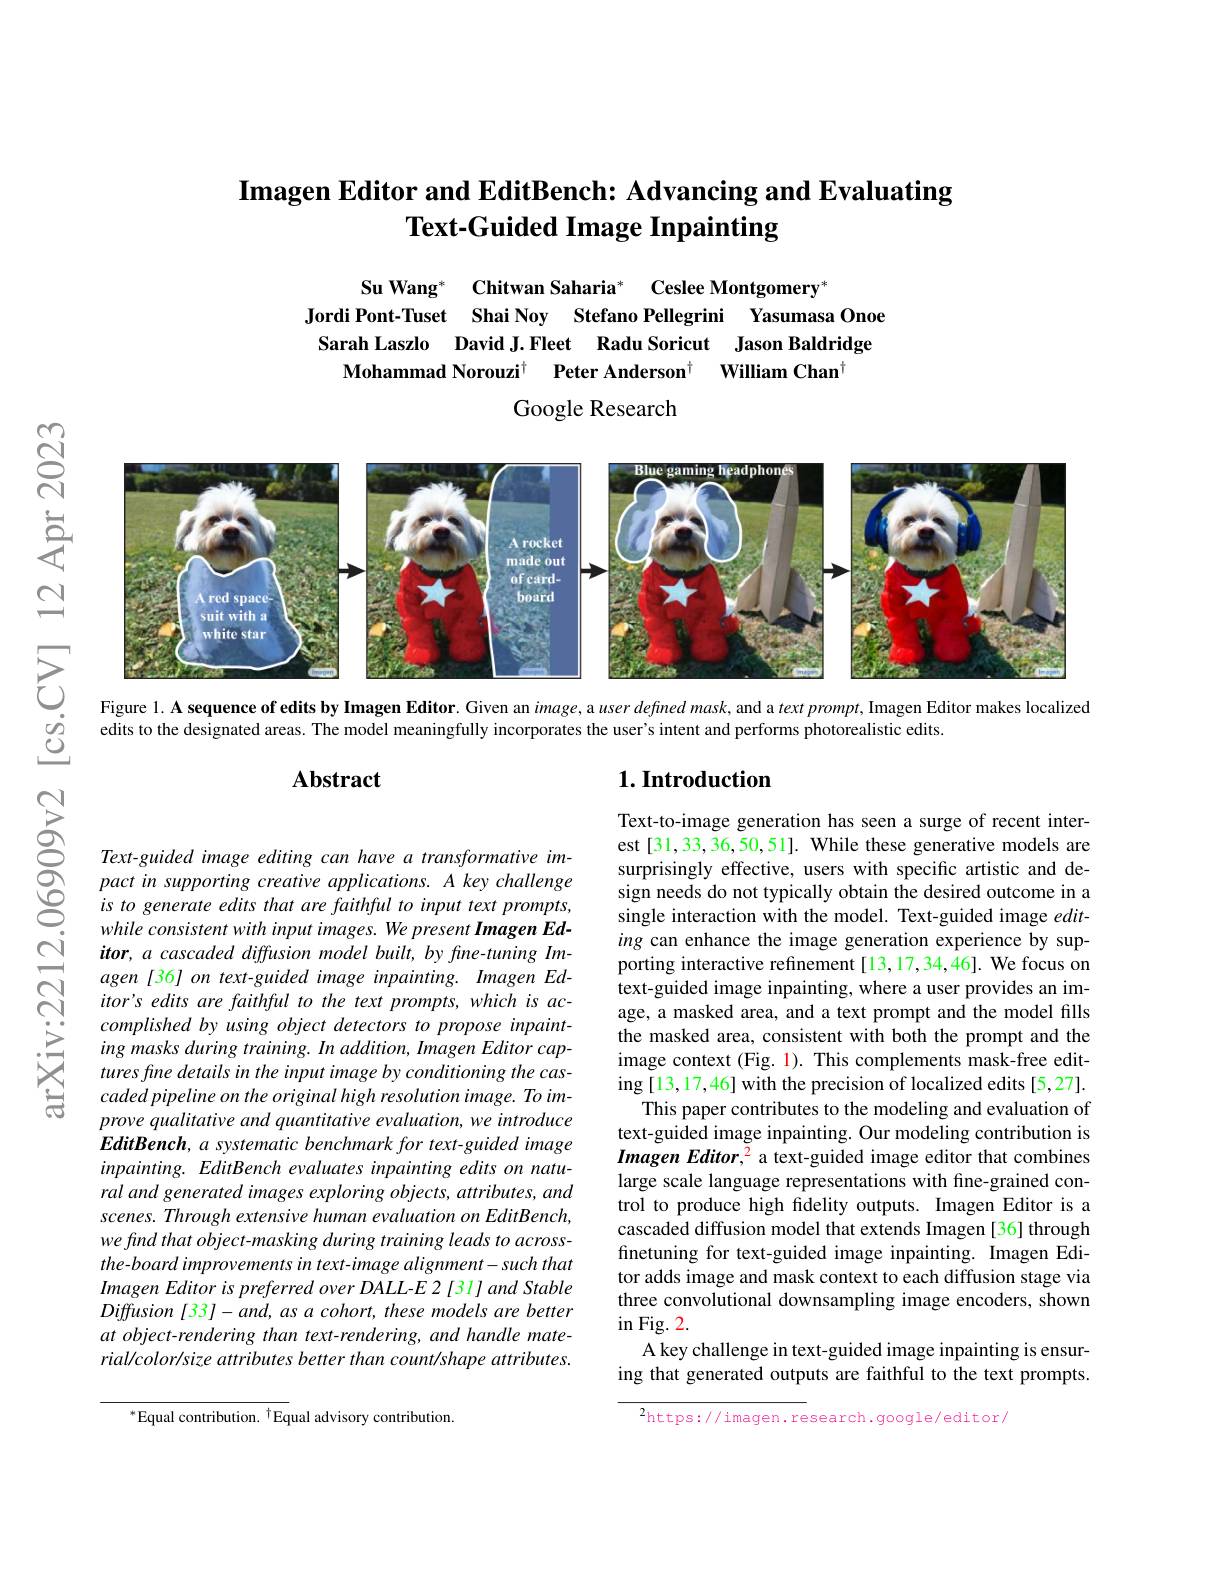
## Imagen Editor and EditBench: Advancing and Evaluating Text-Guided Image Inpainting

Su Wang* Chitwan Saharia* Ceslee Montgomery*
Jordi Pont-Tuset Shai Noy Stefano Pellegrini Yasumasa Onoe Sarah Laszlo David J.Fleet Radu Soricut Jason Baldridge
Mohammad Norouzi$^{\dagger }$ $\textbf{Peter Anderson}^{\dagger }$
William Chan$^{\dagger}$
Google Research

<FigureHere>

Figure l. A sequence of edits by Imagen Editor. Given an $image$, a user defined mask, and a text pronpt, Imagen Editor makes localized

edits to the designated areas. The model meaningfully incorporates the user's intent and performs photorealistic edits

## $1. \textbf{Introduction}$

### $\mathbf{Abstract}$

Text-to-image generation has seen a surge of recent interest [31,33,36,50,51]. While these generative models are surprisingly effective, users with specific artistic and design needs do not typically obtain the desired outcome in a single interaction with the model. Text-guided image $edit-$ ing can enhance the image generation experience by supporting interactive refinement [13,17,34,46]. We focus on text-guided image inpainting, where a user provides an image, a masked area, and a text prompt and the model fills the masked area, consistent with both the prompt and the image context (Fig. 1). This complements mask-free editing [13,17,46] with the precision of localized edits [5,27].
This paper contributes to the modeling and evaluation of text-guided image inpainting. Our modeling contribution is Imagen Editor,$^{2}$ a text-guided image editor that combines large scale language representations with fine-grained control to produce high fidelity outputs. Imagen Editor is a cascaded diffusion model that extends Imagen [36] through finetuning for text-guided image inpainting. Imagen Editor adds image and mask context to each diffusion stage via three convolutional downsampling image encoders, shown $\sin$Fig.2.
A key challenge in text-guided image inpainting is ensuring that generated outputs are faithful to the text prompts.

Text-guided image editing can have a transformative impact in supporting creative applications. A key challenge is to generate edits that are faithful to input text prompts, while consistent with input images. We present Imagen Editor, a cascaded diffusion model built, by fine-tuning Imagen [36] on text-guided image inpainting. Imagen Ed- $itor^{\prime }s\textit{ edits are faithful to the text prompts, which is ac- itor' s edits are faithful to the text prompts, which is ac- is andis are faithful to the text prompts, which is ac- is andis are pre faithful to the text prompts, which is ac- is and pre is a}$ complished by using object detectors to propose inpainting masks during training. In addition, Imagen Editor captures fine details in the input image by conditioning the cascaded pipeline on the original high resolution image. To improve qualitative and quantitative evaluation, we introduce EditBench, a systematic benchmark for text-guided image inpainting. EditBench evaluates inpainting edits on natural and generated images exploring objects, attributes, and scenes. Through extensive human evaluation on EditBench, we find that object-masking during training leads to acrossthe-board improvements in text-image alignment-such that Imagen Editor is preferred over DALL-E 2 [31] and Stable $Diffusion[33]-and,asacohort,thesemodelsarebetter$ at object-rendering than text-rendering, and handle material/color/size attributes better than count/shape attributes.

$^2$https://imagen.research.google/editor/

$^*$Equal contribution. $^\dagger$Equal advisory contribution